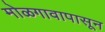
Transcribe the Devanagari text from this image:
मोळगावापासून